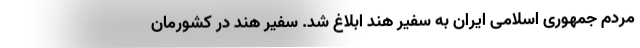
مردم جمهوری اسلامی ایران به سفیر هند ابلاغ شد. سفیر هند در کشورمان